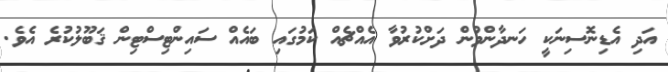
އަދި އެޑިނޮސިނަކީ ހަނދާންވުން ދަށްކުރުވާ އެއްޗެއް ކަމުގައި ބައެއް ސައިންޓިސްޓިން ޤަބޫލުކުރެ އެވެ.